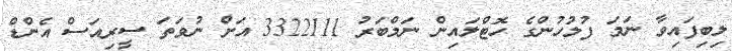
ލިބިފައިވާ ނަމަ ފުލުހުންގެ ހޮޓްލައިން ނަމްބަރު 3322111 އަށް ނުވަތަ ސީރިއަސް އެންޑް